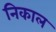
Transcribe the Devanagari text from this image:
निकाल